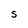
Character: S